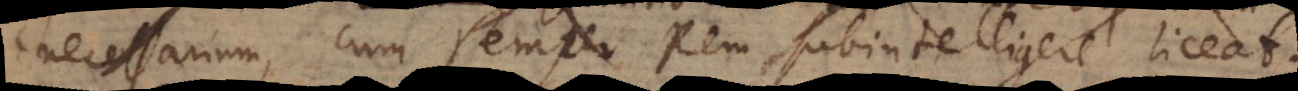
necessarium, cum semper Rem subintelligere liceat.